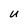
Character: U